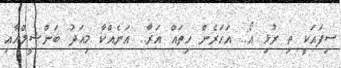
ސިފައަކީ ތި ރުޅި އޯ.. އަހަރެން ހިތައް އަރާ.. އަނެއްކާ މިއަދު ބަންޝީލްއާއި